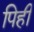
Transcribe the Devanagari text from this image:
पिही